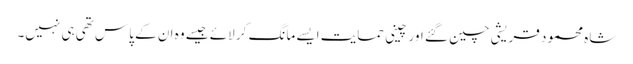
شاہ محمود قریشی چین گئے اور چینی حمایت ایسے مانگ کر لائے جیسے وہ ان کے پاس تھی ہی نہیں۔